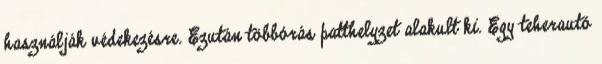
használják védekezésre. Ezután többórás patthelyzet alakult ki. Egy teherautó